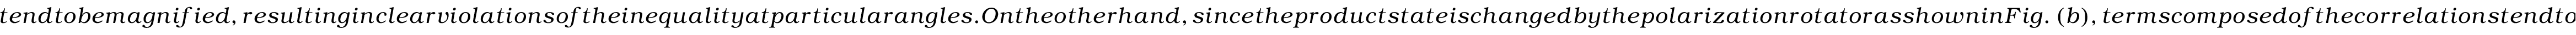
t e n d t o b e m a g n i f i e d , r e s u l t i n g i n c l e a r v i o l a t i o n s o f t h e i n e q u a l i t y a t p a r t i c u l a r a n g l e s . O n t h e o t h e r h a n d , s i n c e t h e p r o d u c t s t a t e i s c h a n g e d b y t h e p o l a r i z a t i o n r o t a t o r a s s h o w n i n F i g . ~ ( b ) , t e r m s c o m p o s e d o f t h e c o r r e l a t i o n s t e n d t o c a n c e l e a c h o t h e r . T h i s f a c t p r e v e n t s